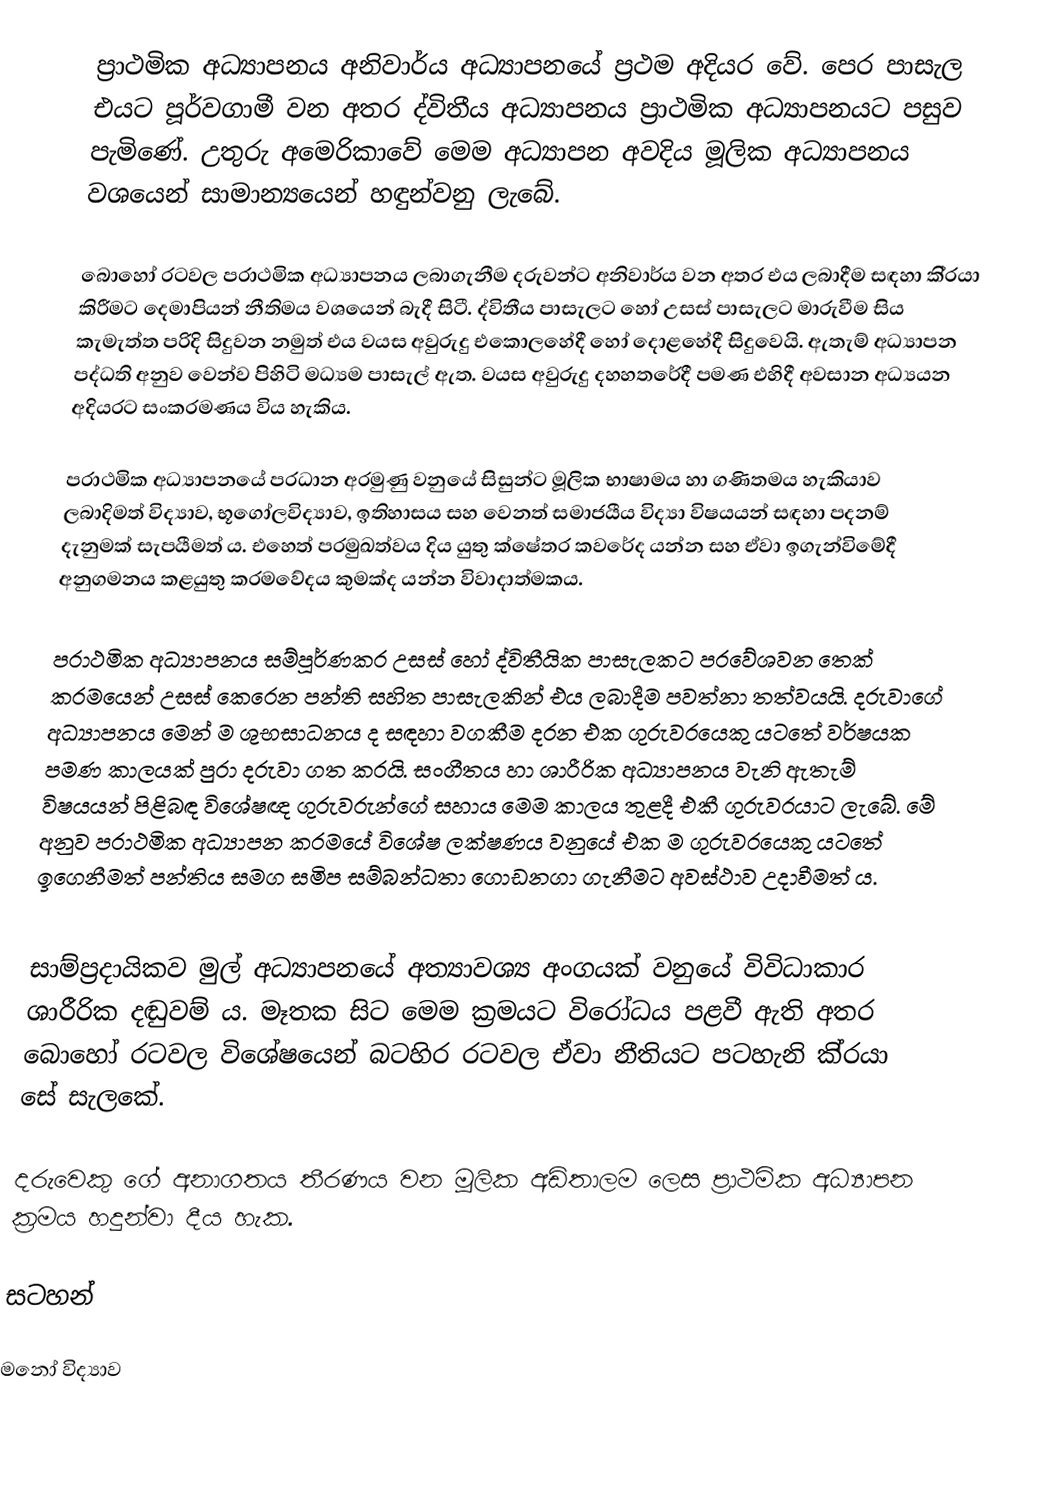
ප‍්‍රාථමික අධ්‍යාපනය අනිවාර්ය අධ්‍යාපනයේ ප‍්‍රථම අදියර වේ. පෙර පාසැල එයට පූර්වගාමී වන අතර ද්විතීය අධ්‍යාපනය ප‍්‍රාථමික අධ්‍යාපනයට පසුව පැමිණේ. උතුරු අමෙරිකාවේ මෙම අධ්‍යාපන අවදිය මූලික අධ්‍යාපනය වශයෙන් සාමාන්‍යයෙන් හඳුන්වනු ලැබේ.

බොහෝ රටවල ප‍්‍රාථමික අධ්‍යාපනය ලබාගැනීම දරුවන්ට අනිවාර්ය වන අතර එය ලබාදීම සඳහා කි‍්‍රයා කිරීමට දෙමාපියන් නීතිමය වශයෙන් බැදී සිටී. ද්විතීය පාසැලට හෝ උසස් පාසැලට මාරුවීම සිය කැමැත්ත පරිදි සිදුවන නමුත් එය වයස අවුරුදු එකොලහේදී හෝ දොළහේදී සිදුවෙයි. ඇතැම් අධ්‍යාපන පද්ධති අනුව වෙන්ව පිහිටි මධ්‍යම පාසැල් ඇත. වයස අවුරුදු දහහතරේදී පමණ එහිදී අවසාන අධ්‍යයන අදියරට සංක‍්‍රමණය විය හැකිය.

ප‍්‍රාථමික අධ්‍යාපනයේ ප‍්‍රධාන අරමුණු වනුයේ සිසුන්ට මූලික භාෂාමය හා ගණිතමය හැකියාව ලබාදිමත් විද්‍යාව, භූගෝලවිද්‍යාව, ඉතිහාසය සහ වෙනත් සමාජයීය විද්‍යා විෂයයන් සඳහා පදනම් දැනුමක් සැපයීමත් ය. එහෙත් ප‍්‍රමුඛත්වය දිය යුතු ක්ෂේත‍්‍ර කවරේද යන්න සහ ඒවා ඉගැන්විමේදී අනුගමනය කළයුතු ක‍්‍රමවේදය කුමක්ද යන්න විවාදාත්මකය.

ප‍්‍රාථමික අධ්‍යාපනය සම්පූර්ණකර උසස් හෝ ද්විතීයික පාසැලකට ප‍්‍රවේශවන තෙක් ක‍්‍රමයෙන් උසස් කෙරෙන පන්ති සහිත පාසැලකින් එය ලබාදීම පවත්නා තත්වයයි. දරුවාගේ අධ්‍යාපනය මෙන් ම ශුභසාධනය ද සඳහා වගකීම දරන එක ගුරුවරයෙකු යටතේ වර්ෂයක පමණ කාලයක් පුරා දරුවා ගත කරයි. සංගීතය හා ශාරීරික අධ්‍යාපනය වැනි ඇතැම් විෂයයන් පිළිබඳ විශේෂඥ ගුරුවරුන්ගේ සහාය මෙම කාලය තුළදී එකී ගුරුවරයාට ලැබේ. මේ අනුව ප‍්‍රාථමික අධ්‍යාපන ක‍්‍රමයේ විශේෂ ලක්ෂණය වනුයේ එක ම ගුරුවරයෙකු යටතේ ඉගෙනීමත් පන්තිය සමග සමිප සම්බන්ධතා ගොඩනගා ගැනීමට අවස්ථාව උදාවීමත් ය.

සාම්ප‍්‍රදායිකව මුල් අධ්‍යාපනයේ අත්‍යාවශ්‍ය අංගයක් වනුයේ විවිධාකාර ශාරීරික දඬුවම් ය. මෑතක සිට මෙම ක‍්‍රමයට විරෝධය පළවී ඇති අතර බොහෝ රටවල විශේෂයෙන් බටහිර රටවල ඒවා නීතියට පටහැනි කි‍්‍රයා සේ සැලකේ.

දරුවෙකු ගේ අනාගතය තීරණය වන මූලික අඩිතාලම ලෙස ප්‍රාථමික අධ්‍යාපන ක්‍රමය හදුන්වා දීය හැක.

සටහන්

මනෝ විද්‍යාව